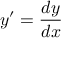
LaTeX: y ^ { \prime } = { \frac { d y } { d x } }